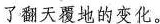
了翻天覆地的变化。